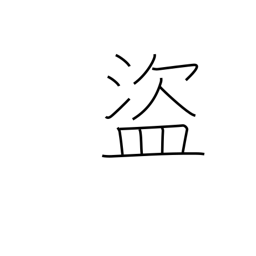
Meaning: thief